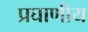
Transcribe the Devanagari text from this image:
प्रघाणीय